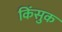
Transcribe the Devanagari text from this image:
किंसुक